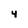
Character: 4